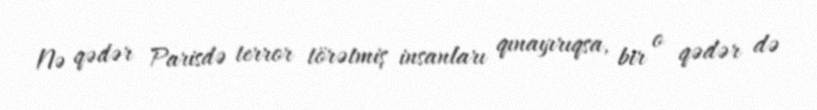
Nə qədər Parisdə terror törətmiş insanları qınayırıqsa, bir o qədər də